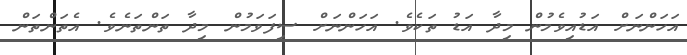
އަހަންނަށް އަޑުއިވެމުން މިދާ އަޑު ތަކެވެ. އަހަންނަށް ސިފަވަމުން މިދާ ތަންތަނެވެ. އެތަންތަން